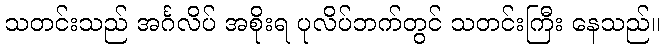
သတင်းသည် အင်္ဂလိပ် အစိုးရ ပုလိပ်ဘက်တွင် သတင်းကြီး နေသည်။